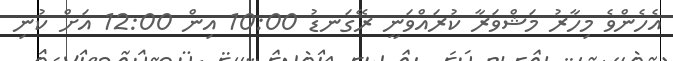
އެހެންވެ މިހާރު މަޝްވަރާ ކުރައްވަނީ ރޭގަނޑު 10:00 އިން 12:00 އަށް ކުނި